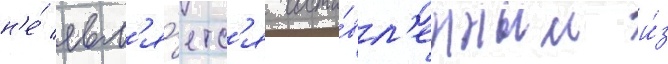
н'е́ явл'я́етс'я соста́вл'енным и́з